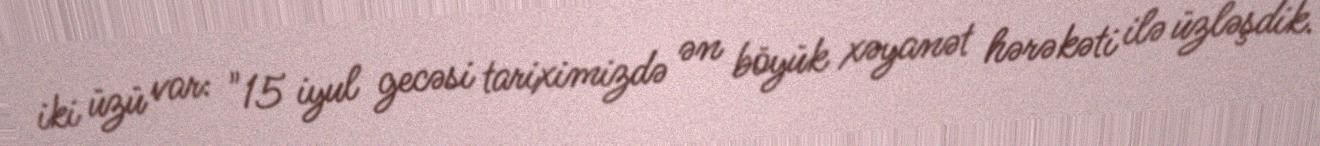
iki üzü var: "15 iyul gecəsi tariximizdə ən böyük xəyanət hərəkəti ilə üzləşdik.